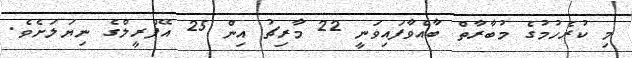
މި ކުރެހުމުގެ މުބާރާތް ބާއްވާފައިވަނީ 22 މާރިޗު އިން 25 އޭޕްރީލްގެ ނިޔަލަށެވެ.